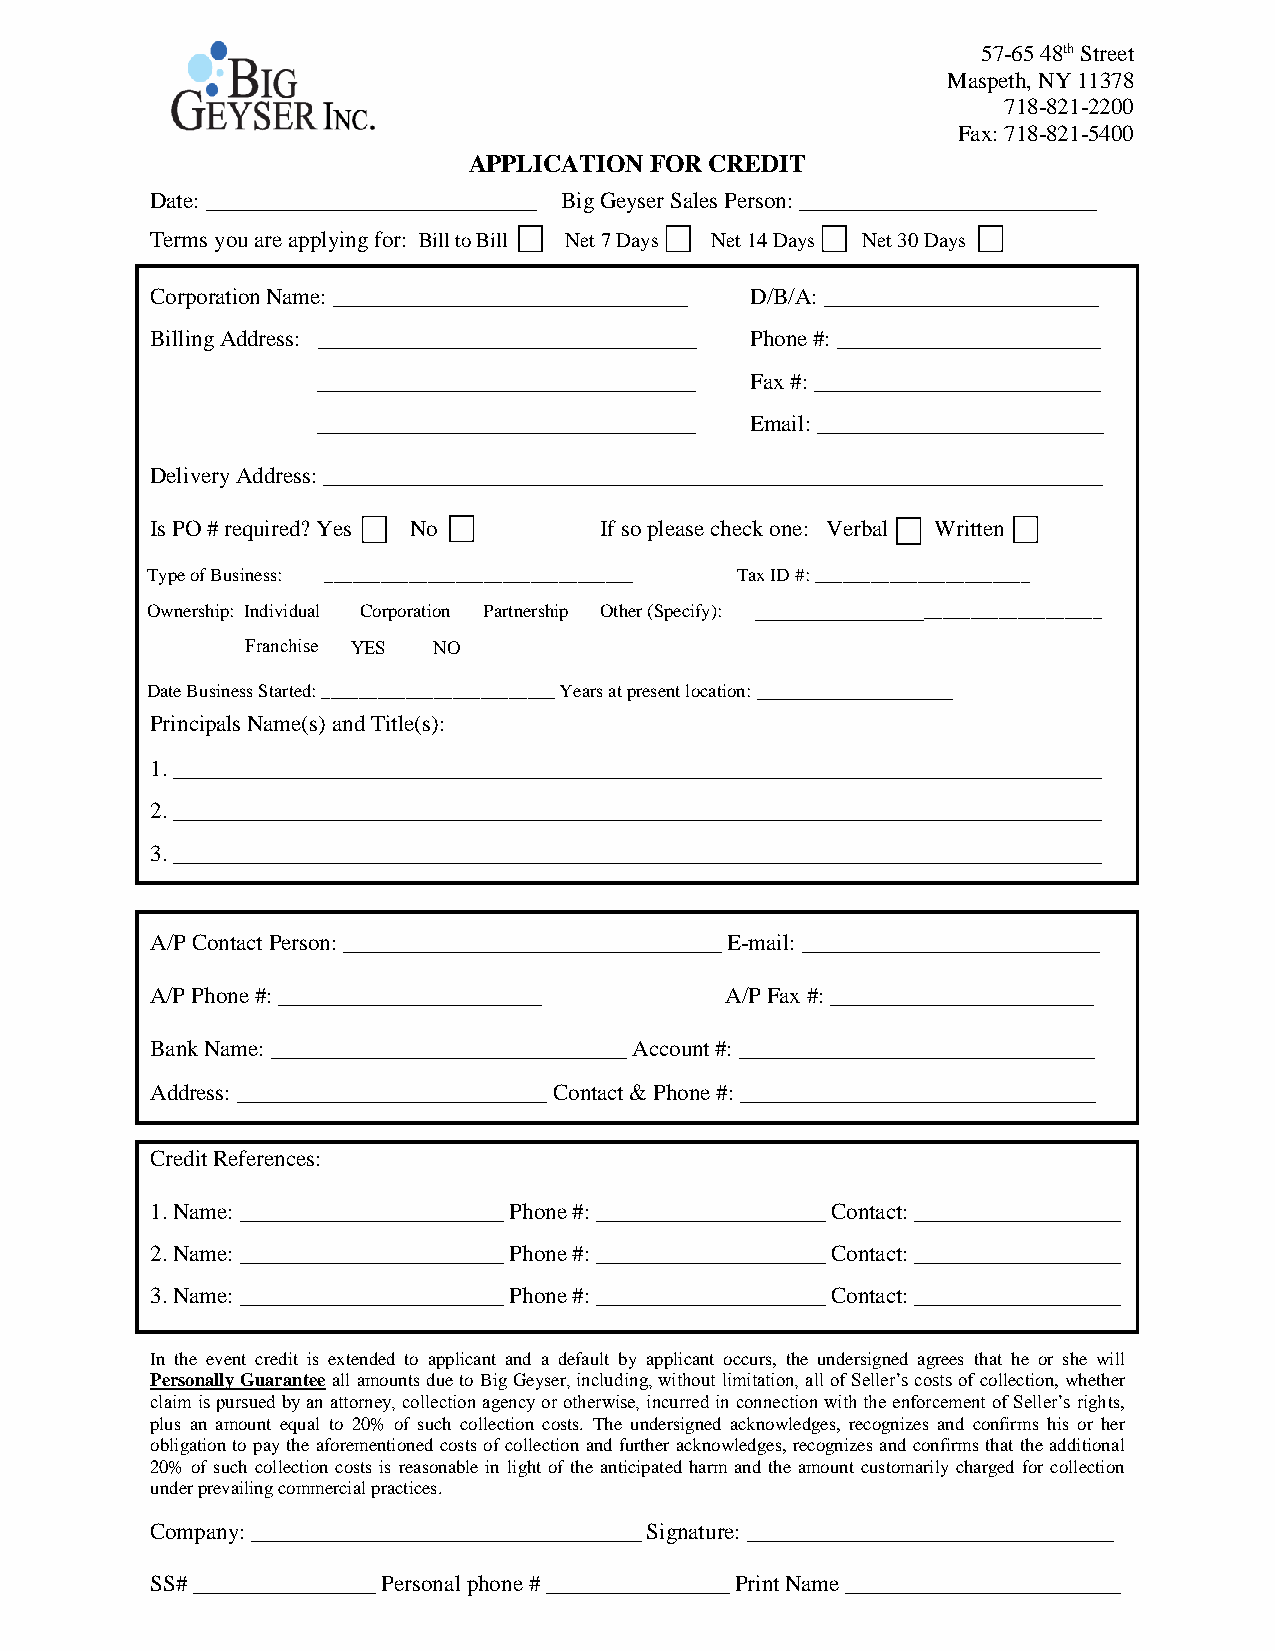
57-65 48th Street
 Maspeth, NY 11378
 718-821-2200
 Fax: 718-821-5400
 APPLICATION FOR CREDIT
 Date: _____________________________ Big Geyser Sales Person: __________________________
 Terms you are applying for: Bill to Bill Net 7 Days Net 14 Days Net 30 Days
 Corporation Name: _______________________________ D/B/A: ________________________
 Billing Address: _________________________________ Phone #: _______________________
 _________________________________ Fax #: _________________________
 _________________________________ Email: _________________________
 Delivery Address: ____________________________________________________________________
 Is PO # required? Yes No      If so please check one: Verbal Written
 Type of Business: _________________________________ Tax ID #: _______________________
 Ownership: Individual Corporation Partnership Other (Specify): _____________________________________
 Franchise YES NO
 Date Business Started: _________________________ Years at present location: _________________
 Principals Name(s) and Title(s):
 1._________________________________________________________________________________
 2._________________________________________________________________________________
 3._________________________________________________________________________________
 A/P Contact Person: _________________________________ E-mail: __________________________
 A/P Phone #: _______________________  A/P Fax #: _______________________
 Bank Name: _______________________________ Account #: _______________________________
 Address: ___________________________ Contact & Phone #: _______________________________
 Credit References:
 1.Name: _______________________ Phone #: ____________________ Contact: __________________
 2.Name: _______________________ Phone #: ____________________ Contact: __________________
 3.Name: _______________________ Phone #: ____________________ Contact: __________________
 In the event credit is extended to applicant and a default by applicant occurs, the undersigned agrees that he or she will
 Personally Guarantee all amounts due to Big Geyser, including, without limitation, all of Seller’s costs of collection, whether
 claim is pursued by an attorney, collection agency or otherwise, incurred in connection with the enforcement of Seller’s rights,
 plus an amount equal to 20% of such collection costs. The undersigned acknowledges, recognizes and confirms his or her
 obligation to pay the aforementioned costs of collection and further acknowledges, recognizes and confirms that the additional
 20% of such collection costs is reasonable in light of the anticipated harm and the amount customarily charged for collection
 under prevailing commercial practices.
 Company: __________________________________ Signature: ________________________________
 SS# ________________ Personal phone # ________________ Print Name ________________________